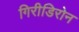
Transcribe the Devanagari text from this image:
गिरीडिरोन